Vaccination in Burma 1889-1999 - 1889-1999
Year: 1889
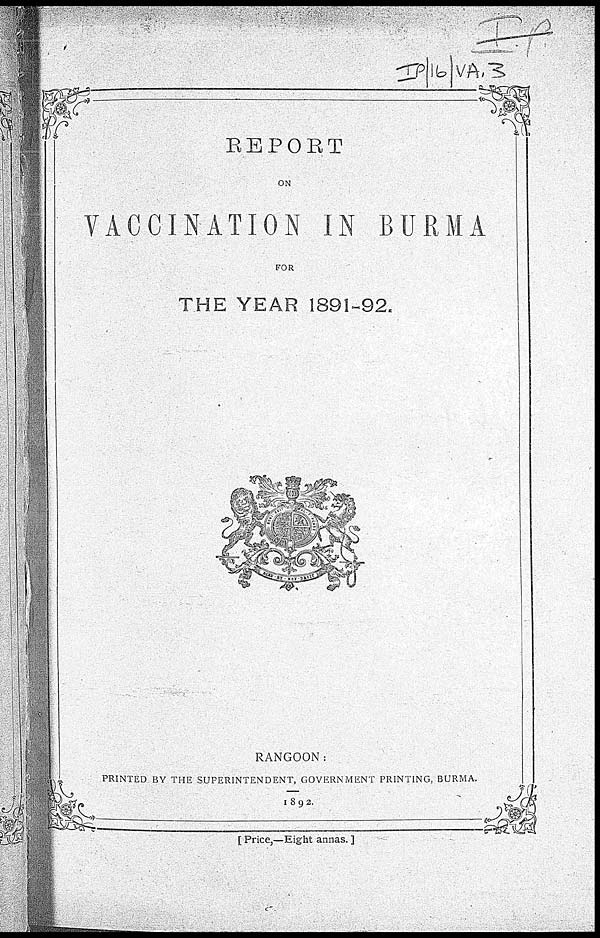
REPORT
ON
VACCINATION IN BURMA
FOR
THE YEAR 1891-92.
RANGOON
PRINTED BY THE SUPERINTENDENT, GOVERNMENT PRINTING, BURMA.
1892.
[Price,—Eight annas.]